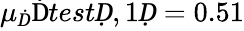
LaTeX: \mu_{Ḋ}\mathrm{Ḋ}testḌ,1Ḍ=0.51